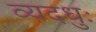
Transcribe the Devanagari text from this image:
व्यदधुः